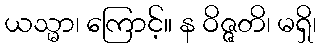
ယသ္မာ၊ ကြောင့်။ န ဝိဇ္ဇတိ၊ မရှိ၊